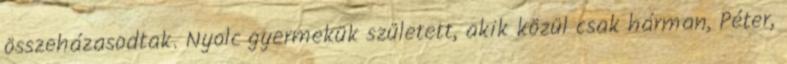
összeházasodtak. Nyolc gyermekük született, akik közül csak hárman, Péter,